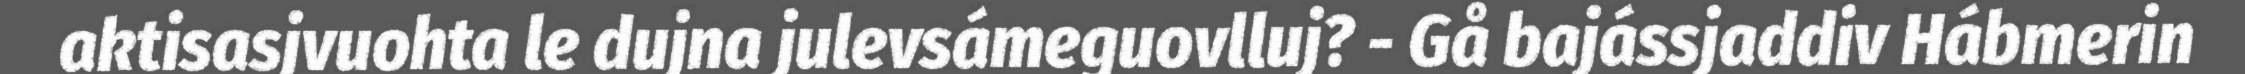
aktisasjvuohta le dujna julevsámeguovlluj? - Gå bajássjaddiv Hábmerin